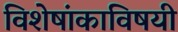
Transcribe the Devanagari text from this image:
विशेषांकाविषयी